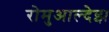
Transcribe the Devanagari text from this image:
रोमुआल्देझ